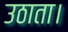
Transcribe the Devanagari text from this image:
उठाता।